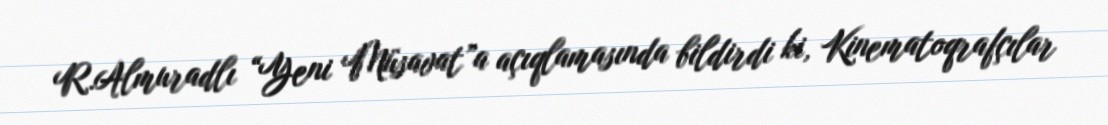
R.Almuradlı “Yeni Müsavat”a açıqlamasında bildirdi ki, Kinematoqrafçılar